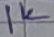
Text: 1K